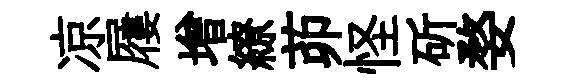
凉屨增繚茆怪斫婺